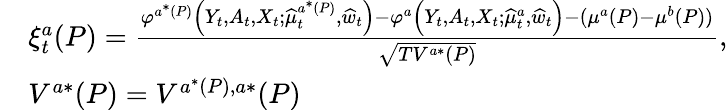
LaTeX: \begin{array}{rl}&{\xi_{t}^{a}(P)=\frac{\varphi^{a^{*}(P)}\Big(Y_{t},A_{t},X_{t};\widehat{\mu}_{t}^{a^{*}(P)},\widehat{w}_{t}\Big)-\varphi^{a}\Big(Y_{t},A_{t},X_{t};\widehat{\mu}_{t}^{a},\widehat{w}_{t}\Big)-(\mu^{a}(P)-\mu^{b}(P))}{\sqrt{TV^{a*}(P)}},}\\ &{V^{a*}(P)=V^{a^{*}(P),a*}(P)}\end{array}